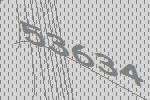
53634